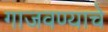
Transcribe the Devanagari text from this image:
गाजवण्याचे